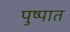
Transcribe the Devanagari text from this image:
पुष्पात